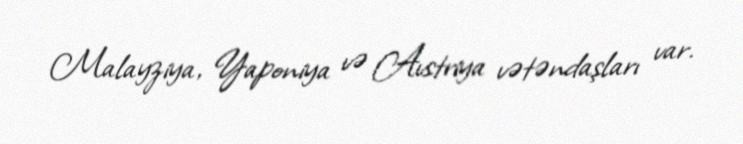
Malayziya, Yaponiya və Avstriya vətəndaşları var.